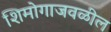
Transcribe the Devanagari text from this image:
शिमोगाजवळील